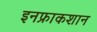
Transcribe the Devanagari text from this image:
इनफ्राकशान